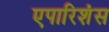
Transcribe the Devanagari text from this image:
एपारिशंस